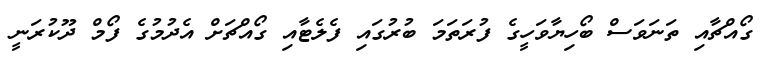
ގޯއްޗާއި ތަނަވަސް ބޯހިޔާވަހީގެ ފުރަތަމަ ބުރުގައި ފެލެޓާއި ގޯއްޗަށް އެދުމުގެ ފޯމް ދޫކުރަނީ